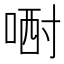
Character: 𠷻